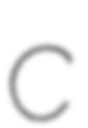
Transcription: C